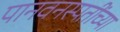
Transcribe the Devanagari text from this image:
पानवनस्पतींच्या